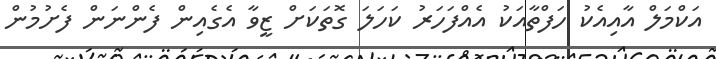
އަކްމަލް އާއިއެކު ހަފްތާއަކު އެއްފަހަރު ކަހަލަ ގޮތަކަށް ޒީވާ އެގެއިން ފެންނަން ފެށުމުން